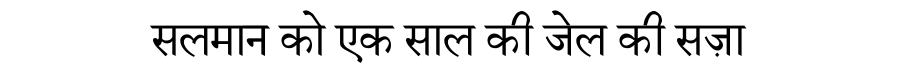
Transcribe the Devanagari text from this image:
सलमान को एक साल की जेल की सज़ा